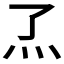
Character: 𬼹